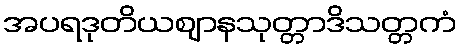
အပရဒုတိယဈာနသုတ္တာဒိသတ္တကံ